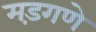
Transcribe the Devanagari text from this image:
मड़गणे